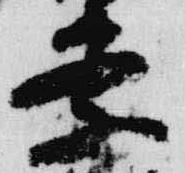
察